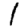
Digit: 1